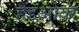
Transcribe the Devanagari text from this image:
हैंडओवर